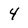
Character: 4